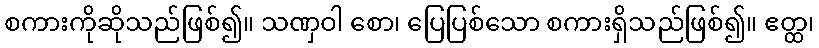
စကားကိုဆိုသည်ဖြစ်၍။ သဏှဝါ စော၊ ပြေပြစ်သော စကားရှိသည်ဖြစ်၍။ ဧတ္ထ၊